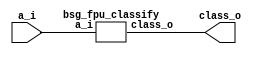
// This program was cloned from: https://github.com/chipsalliance/UHDM-integration-tests
// License: Apache License 2.0



module top
(
  a_i,
  class_o
);

  input [15:0] a_i;
  output [15:0] class_o;

  bsg_fpu_classify
  wrapper
  (
    .a_i(a_i),
    .class_o(class_o)
  );


endmodule



module bsg_fpu_preprocess_e_p5_m_p10
(
  a_i,
  zero_o,
  nan_o,
  sig_nan_o,
  infty_o,
  exp_zero_o,
  man_zero_o,
  denormal_o,
  sign_o,
  exp_o,
  man_o
);

  input [15:0] a_i;
  output [4:0] exp_o;
  output [9:0] man_o;
  output zero_o;
  output nan_o;
  output sig_nan_o;
  output infty_o;
  output exp_zero_o;
  output man_zero_o;
  output denormal_o;
  output sign_o;
  wire [4:0] exp_o;
  wire [9:0] man_o;
  wire zero_o,nan_o,sig_nan_o,infty_o,exp_zero_o,man_zero_o,denormal_o,sign_o,a_i_15_,
  N0,N1,N2,N3,N5,N6,N7,N8,N9,N10,N11,N12,N13,N14,N15,N16,N17,N19;
  assign a_i_15_ = a_i[15];
  assign sign_o = a_i_15_;
  assign exp_o[4] = a_i[14];
  assign exp_o[3] = a_i[13];
  assign exp_o[2] = a_i[12];
  assign exp_o[1] = a_i[11];
  assign exp_o[0] = a_i[10];
  assign man_o[9] = a_i[9];
  assign man_o[8] = a_i[8];
  assign man_o[7] = a_i[7];
  assign man_o[6] = a_i[6];
  assign man_o[5] = a_i[5];
  assign man_o[4] = a_i[4];
  assign man_o[3] = a_i[3];
  assign man_o[2] = a_i[2];
  assign man_o[1] = a_i[1];
  assign man_o[0] = a_i[0];
  assign N0 = exp_o[3] | exp_o[4];
  assign N1 = exp_o[2] | N0;
  assign N2 = exp_o[1] | N1;
  assign N3 = exp_o[0] | N2;
  assign exp_zero_o = ~N3;
  assign N5 = exp_o[3] & exp_o[4];
  assign N6 = exp_o[2] & N5;
  assign N7 = exp_o[1] & N6;
  assign N8 = exp_o[0] & N7;
  assign N9 = man_o[8] | man_o[9];
  assign N10 = man_o[7] | N9;
  assign N11 = man_o[6] | N10;
  assign N12 = man_o[5] | N11;
  assign N13 = man_o[4] | N12;
  assign N14 = man_o[3] | N13;
  assign N15 = man_o[2] | N14;
  assign N16 = man_o[1] | N15;
  assign N17 = man_o[0] | N16;
  assign man_zero_o = ~N17;
  assign zero_o = exp_zero_o & man_zero_o;
  assign nan_o = N8 & N17;
  assign sig_nan_o = nan_o & N19;
  assign N19 = ~man_o[9];
  assign infty_o = N8 & man_zero_o;
  assign denormal_o = exp_zero_o & N17;

endmodule



module bsg_fpu_classify
(
  a_i,
  class_o
);

  input [15:0] a_i;
  output [15:0] class_o;
  wire [15:0] class_o;
  wire zero,nan,infty,denormal,sign,N0,N1,N2,N3,N4,N5,N6,N7,N8,N9,N10,N11,sv2v_dc_1,
  sv2v_dc_2,sv2v_dc_3,sv2v_dc_4,sv2v_dc_5,sv2v_dc_6,sv2v_dc_7,sv2v_dc_8,sv2v_dc_9,
  sv2v_dc_10,sv2v_dc_11,sv2v_dc_12,sv2v_dc_13,sv2v_dc_14,sv2v_dc_15;
  assign class_o[10] = 1'b0;
  assign class_o[11] = 1'b0;
  assign class_o[12] = 1'b0;
  assign class_o[13] = 1'b0;
  assign class_o[14] = 1'b0;
  assign class_o[15] = 1'b0;

  bsg_fpu_preprocess_e_p5_m_p10
  prep
  (
    .a_i(a_i),
    .zero_o(zero),
    .nan_o(nan),
    .sig_nan_o(class_o[8]),
    .infty_o(infty),
    .denormal_o(denormal),
    .sign_o(sign),
    .exp_o({ sv2v_dc_1, sv2v_dc_2, sv2v_dc_3, sv2v_dc_4, sv2v_dc_5 }),
    .man_o({ sv2v_dc_6, sv2v_dc_7, sv2v_dc_8, sv2v_dc_9, sv2v_dc_10, sv2v_dc_11, sv2v_dc_12, sv2v_dc_13, sv2v_dc_14, sv2v_dc_15 })
  );

  assign class_o[0] = sign & infty;
  assign class_o[1] = N5 & N6;
  assign N5 = N3 & N4;
  assign N3 = N1 & N2;
  assign N1 = sign & N0;
  assign N0 = ~infty;
  assign N2 = ~denormal;
  assign N4 = ~nan;
  assign N6 = ~zero;
  assign class_o[2] = sign & denormal;
  assign class_o[3] = sign & zero;
  assign class_o[4] = N7 & zero;
  assign N7 = ~sign;
  assign class_o[5] = N7 & denormal;
  assign class_o[6] = N10 & N6;
  assign N10 = N9 & N4;
  assign N9 = N8 & N2;
  assign N8 = N7 & N0;
  assign class_o[7] = N7 & infty;
  assign class_o[9] = nan & N11;
  assign N11 = ~class_o[8];

endmodule